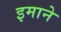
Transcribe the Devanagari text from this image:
इमाने